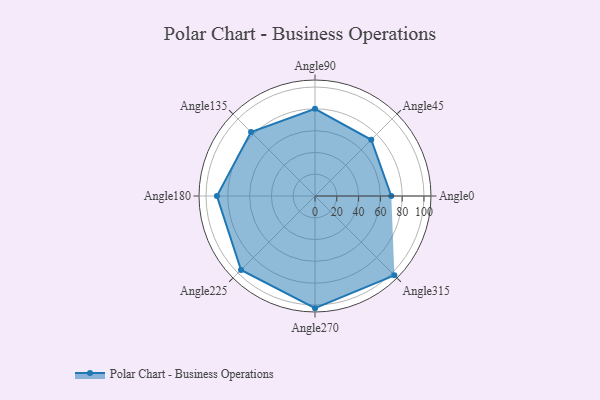
{"axis": {"x": "Angle", "y": "Radius"}, "legend": [""], "data": [{"x": "Angle0", "y": 70.0, "type": ""}, {"x": "Angle45", "y": 73.0, "type": ""}, {"x": "Angle90", "y": 80.0, "type": ""}, {"x": "Angle135", "y": 83.0, "type": ""}, {"x": "Angle180", "y": 90.0, "type": ""}, {"x": "Angle225", "y": 96.0, "type": ""}, {"x": "Angle270", "y": 103.0, "type": ""}, {"x": "Angle315", "y": 103.0, "type": ""}]}